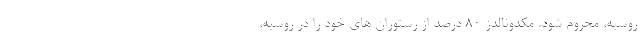
روسیه، محروم شود. مکدونالدز 80 درصد از رستوران های خود را در روسیه،